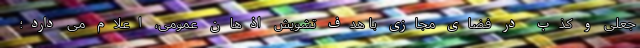
جعلی و کذب در فضای مجازی با هدف تشویش اذهان عمومی، اعلام می‌ دارد؛